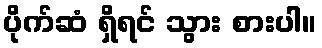
ပိုက်ဆံ ရှိရင် သွား စားပါ။